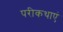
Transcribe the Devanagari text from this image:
परीकथाएं